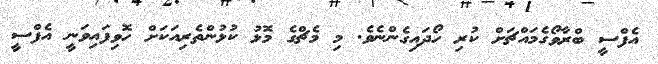
އެފްސީ ބްރާވޯގެމައްޗަށް ކުރި ހޯދައިގެންނެވެ. މި މެޗްގެ މޮޅު ކުޅުންތެރިއަކަށް ހޮވިފައިވަނީ އެފްސީ